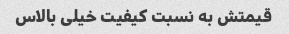
قیمتش به نسبت کیفیت خیلی بالاس